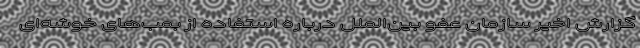
گزارش اخیر سازمان عفو بین‌الملل درباره استفاده از بمب‌های خوشه‌ای